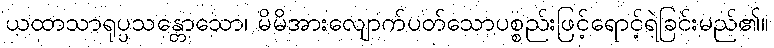
ယထာသာရုပ္ပသန္တောသော၊ မိမိအားလျောက်ပတ်သောပစ္စည်းဖြင့်ရောင့်ရဲခြင်းမည်၏။